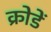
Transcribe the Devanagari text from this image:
क्रोडें